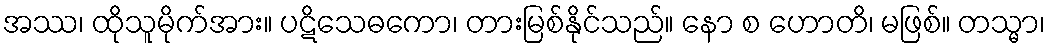
အဿ၊ ထိုသူမိုက်အား။ ပဋိသေဓကော၊ တားမြစ်နိုင်သည်။ နော စ ဟောတိ၊ မဖြစ်။ တသ္မာ၊